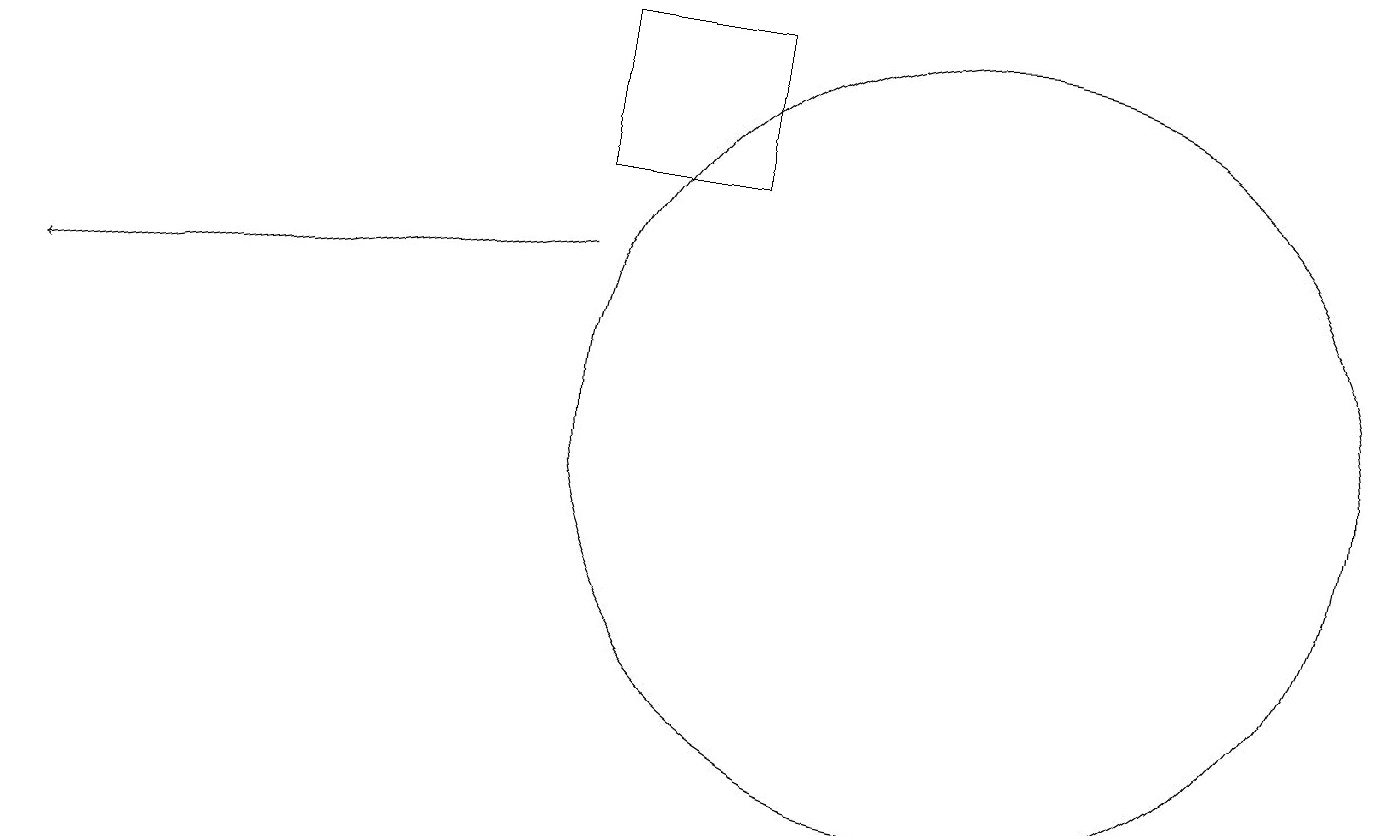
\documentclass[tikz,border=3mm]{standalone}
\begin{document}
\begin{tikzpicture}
\draw[->] (7,13) -- (0,12);
\draw (9,14) rectangle (7,16);
\draw (12,11) circle (5);
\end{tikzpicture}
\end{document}